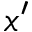
x ^ { \prime }